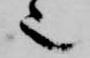
也